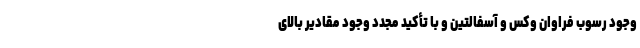
وجود رسوب فراوان وکس و آسفالتین و با تأکید مجدد وجود مقادیر بالای